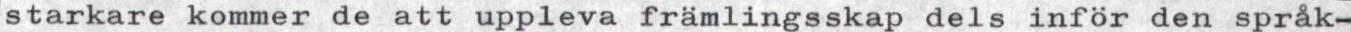
starkare kommer de att uppleva främlingsskap dels inför den språk-